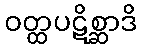
ဝတ္ထပဋိစ္ဆာဒိ